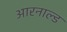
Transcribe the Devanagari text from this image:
आरनाल्ड